Report of the Indian Hemp Drugs Commission, 1894-1895 - Volume V
Year: 1894
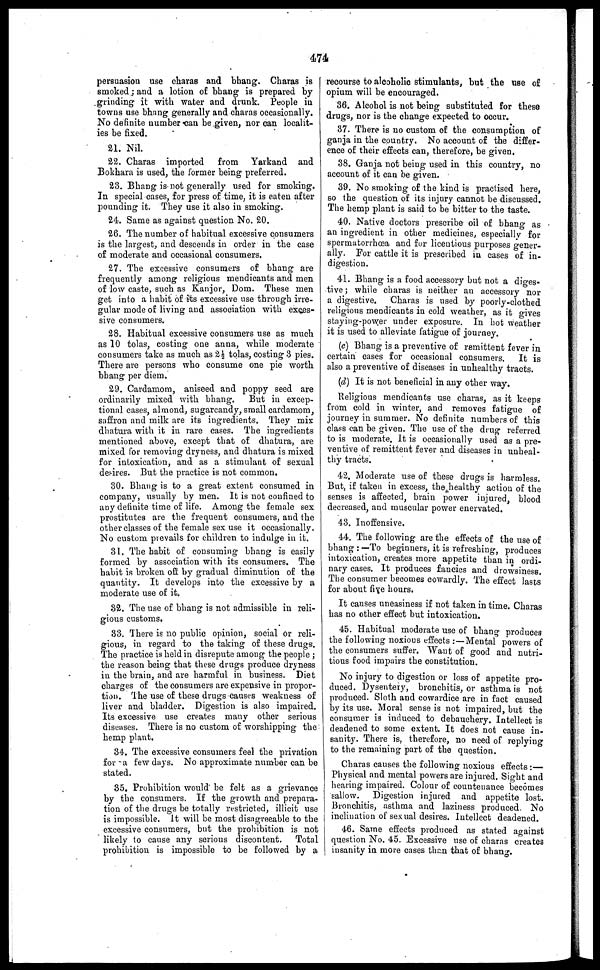
474
persuasion use charas and bhang. Charas is
smoked; and a lotion of bhang is prepared by
grinding it with water and drunk. People in
towns use bhang generally and charas occasionally.
No definite uumbercau be given, nor can localit-
ies be fixed.
21. Nil.
22. Charas imported from Yarkand and
Bokhara is used, the former being preferred.
23. Bhang is not generally used for smoking.
In special cases, for press of time, it is eaten after
pounding it. They use it also in smoking.
24. Same as against question No. 20.
26. The number of habitual excessive consumers
is the largest, and descends in order in the case
of moderate and occasional consumers.
27. The excessive consumers of bhang are
frequently among religious mendicants and men
of low caste, such as Kanjor, Dom. These men
get into a habit of its excessive use through irre-
gular mode of living and association with exces-
sive consumers.
28. Habitual excessive consumers use as much
as 10 tolas, costing one anna, while moderate
consumers take as much as 2½ tolas, costing 3 pies.
There are persons who consume one pie worth
bhang per diem.
29. Cardamom, aniseed and poppy seed are
ordinarily mixed with bhang.
But in excep-
tional cases, almond, sugarcandy, small cardamom,
saffron and milk are its ingredients. They mix
dhatura with it in rare cases. The ingredients
mentioned above, except that of dhatura, are
mixed for removing dryness, and dhatura is mixed
for intoxication, and as a stimulant of sexual
desires. But the practice is not common.
30. Bhang is to a great extent consumed in
company, usually by men. It is not confined to
any definite time of lite. Among the female sex
prostitutes are the frequent consumers, and the
other classes of the female sex use it occasionally.
No custom prevails for children to indulge in it.
31. The habit of consuming bhang is easily
formed by association with its consumers. The
habit is broken oft by gradual diminution of the
quantity. It develops into the excessive by a
moderate use of it.
32. The use of bhang is not admissible in reli-
gious customs.
33. There is no public opinion, social or reli-
gious, in regard to the taking of these drugs.
The practice is held in disrepute among the people
the reason being that these drugs produce dryness
in the brain, and are harmful in business. Diet
charges of the consumers are expensive in propor-
tion. The use of these drugs causes weakness of
liver and bladder. Digestion is also impaired.
Its excessive use creates many other serious
diseases. There is no custom of worshipping the
hemp plant.
34. The excessive consumers feel the privation
for a few days. No approximate number can be
stated.
35. Prohibition would be felt as a grievance
by the consumers. If the growth and prepara-
tion of the drugs be totally restricted, illicit use
is impossible. It will be most disagreeable to the
excessive consumers, but the prohibition is not
likely to cause any serious discontent. Total
prohibition is impossible to be followed by a
recourse to alcoholic stimulants, but the use of
opium will be encouraged.
36. Alcohol is not being substituted for these
drugs, nor is the change expected to occur.
37. There is no custom of the consumption of
ganja in the country. No account of the differ-
ence of their effects can, therefore, be given.
38. Ganja not being used in this country, no
account of it can be given.
39. No smoking of the kind is practised here,
so the question of its injury cannot be discussed.
The hemp plant is said to be bitter to the taste.
40. Native doctors prescribe oil of bhang as
an ingredient in other medicines, especially for
spermatorrhœa and for licentious purposes gener-
ally. For cattle it is prescribed in cases of in-
digestion.
41. Bhang is a food accessory but not a diges-
tive; while charas is neither an accessory nor
a digestive. Charas is used by poorly-clothed
religious mendicants in cold weather, as it gives
staying-power under exposure. In hot weather
it is used to alleviate fatigue of journey.
(c) Bhang is a preventive of remittent fever in
certain cases for occasional consumers. It is
also a preventive of diseases in unhealthy tracts.
(d) It is not beneficial in any other way.
Religious mendicants use charas, as it keeps
from cold in winter, and removes fatigue of
journey in summer. No definite numbers of this
class can be given. The use of the drug referred
to is moderate. It is occasionally used as a pre-
ventive of remittent fever and diseases in unheal-
thy tracts.
42. Moderate use of these drugs is harmless.
But, if taken in excess, the healthy action of the
senses is affected, brain power injured, blood
decreased, and muscular power enervated.
43. Inoffensive.
44. The following are the effects of the use of
bhang : —To beginners, it is refreshing, produces
intoxication, creates more appetite than in ordi-
nary cases. It produces fancies and drowsiness.
The consumer becomes cowardly. The effect lasts
for about five hours.
It causes uneasiness if not taken in time. Charas
has no other effect but intoxication.
45. Habitual moderate use of bhang produces
the following noxious effects :— Mental powers of
the consumers suffer. Want of good and nutri-
tious food impairs the constitution.
No injury to digestion or loss of appetite pro-
duced. Dysentery, bronchitis, or asthma is not
produced. Sloth and cowardice are in fact caused
by its use. Moral sense is not impaired, but the
consumer is induced to debauchery. Intellect is
deadened to some extent. It does not cause in-
sanity. There is, therefore, no need of replying
to the remaining part of the question.
Charas causes the following noxious effects:—
Physical and mental powers are injured. Sight and
heating impaired. Colour of countenance becomes
tallow. Digestion injured and appetite lost.
Bronchitis, asthma and laziness produced. No
inclination of sexual desires. Intellect deadened.
46. Same effects produced as stated against
question No. 45. Excessive use of charas creates
insanity in more cases than that of bhang.